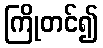
ကြိုတင်၍